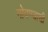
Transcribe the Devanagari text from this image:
गोवण्याची